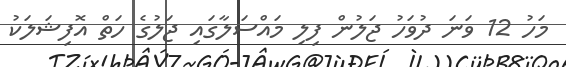
މަހު 12 ވަނަ ދުވަހު ޖަލުން ފިލި މައްސަލާގައި ޖަލުގެ ހަތް އޮފިޝަލަކު